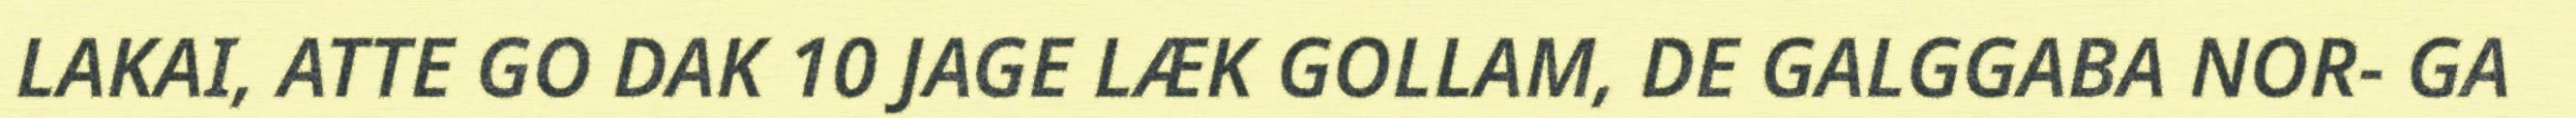
LAKAI, ATTE GO DAK 10 JAGE LÆK GOLLAM, DE GALGGABA NOR- GA